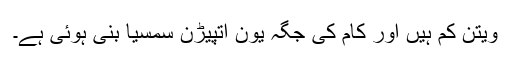
ویتن کم ہیں اور کام کی جگہ یون اتپیڑن سمسیا بنی ہوئی ہے۔